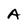
Character: A